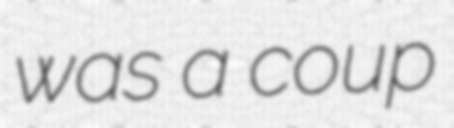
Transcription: was a coup